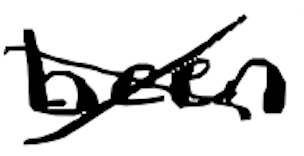
Text: been
Cross-out: cross
Writing tool: digital_black